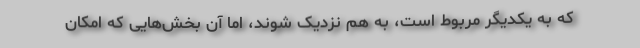
که به یکدیگر مربوط است، به هم نزدیک شوند، اما آن بخش‌هایی که امکان